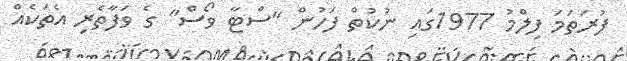
ފުރަތަމަ ފިލްމު 1977ގައި ނުކުތް ފަހުން "ސްޓާ ވޯސް" ގެ ވަފާތެރި އެތަކެއް